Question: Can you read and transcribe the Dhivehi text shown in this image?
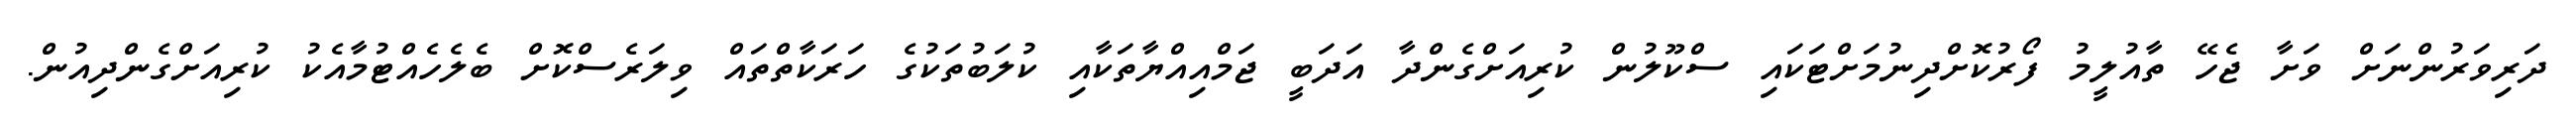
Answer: ދަރިވަރުންނަށް ވަށާ ޖެހޭ ތާއުލީމު ފޯރުކޮށްދިނުމަށްޓަކައި ސްކޫލުން ކުރިއަށްގެންދާ އަދަބީ ޖަމްއިއްޔާތަކާއި ކުލަބުތަކުގެ ހަރަކާތްތައް ވިލަރެސްކޮށް ބެލެހެއްޓުމާއެކު ކުރިއަށްގެންދިއުން.